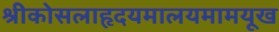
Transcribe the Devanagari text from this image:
श्रीकोसलाहृदयमालयमामयूख